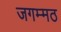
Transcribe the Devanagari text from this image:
जगम्मठ